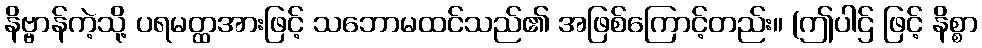
နိဗ္ဗာန်ကဲ့သို့ ပရမတ္ထအားဖြင့် သဘောမထင်သည်၏ အဖြစ်ကြောင့်တည်း။ (ဤပါဌ် ဖြင့် နိစ္စာ